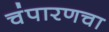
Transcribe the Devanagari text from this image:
चंपारणचा